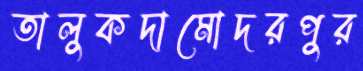
তালুকদামোদরপুর